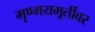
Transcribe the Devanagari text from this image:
मृण्मयमूर्तीवर